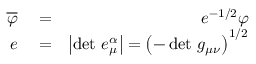
\begin{array} { r l r } { \quad \overline { { \varphi } } } & { { } = } & { e ^ { - 1 / 2 } \varphi } \\ { e } & { { } = } & { \left\vert \operatorname* { d e t } \, e _ { \mu } ^ { \alpha } \right\vert = \left( - \operatorname* { d e t } \, g _ { \mu \nu } \right) ^ { 1 / 2 } } \end{array}